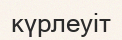
күрлеуіт